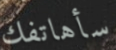
سأهاتفك